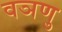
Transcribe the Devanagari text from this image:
वञणु